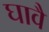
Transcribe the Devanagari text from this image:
घावै